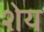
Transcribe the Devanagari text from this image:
शेय